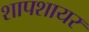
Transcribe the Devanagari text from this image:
शापशायर